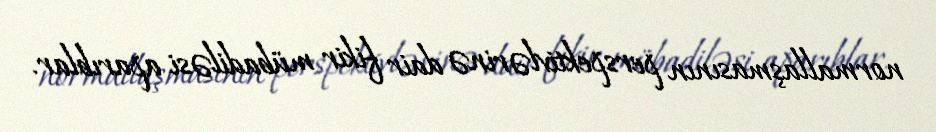
normallaşmasının perspektivlərinə dair fikir mübadiləsi aparıblar.